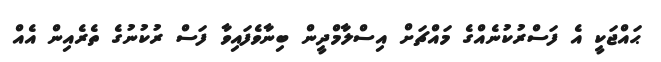
ޙައްޖަކީ އެ ފަސްރުކުނެއްގެ މައްޗަށް އިސްލާމްދީން ބިނާވެފައިވާ ފަސް ރުކުނުގެ ތެރެއިން އެއް